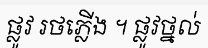
ផ្លូវ រថភ្លើង ។ ផ្លូវថ្នល់